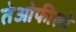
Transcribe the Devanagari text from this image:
तेओफीलो